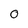
Character: 0